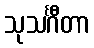
သုသင်္ဂီတာ